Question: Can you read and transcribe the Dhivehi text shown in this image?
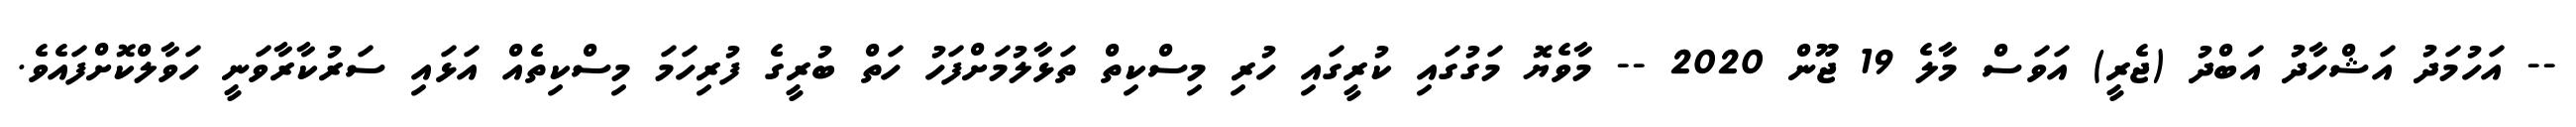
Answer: -- އަހުމަދު އަޝްހާދު އަބްދު (ޖެރީ) އަވަސް މާލެ 19 ޖޫން 2020 -- މާވެޔޮ މަގުގައި ކުރީގައި ހުރި މިސްކިތް ތަޅާލުމަށްފަހު ހަތް ބުރީގެ ފުރިހަމަ މިސްކިތެއް އަޅައި ސަރުކާރާވަނީ ހަވާލްކޮށްފައެވެ.